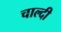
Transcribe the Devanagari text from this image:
चाल्दी